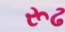
રૂઢ